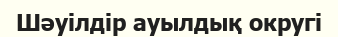
Шәуілдір ауылдық округі